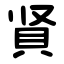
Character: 䝨